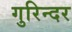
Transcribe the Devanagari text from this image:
गुरिन्दर